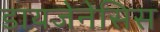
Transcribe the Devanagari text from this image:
डायजेनेसिस